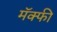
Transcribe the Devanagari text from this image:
मॅक्फी